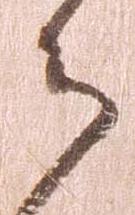
ら